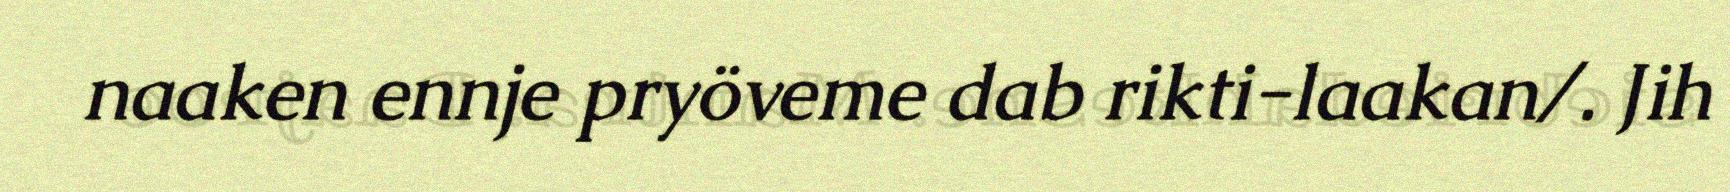
naaken ennje pryöveme dab rikti-laakan/. Jih